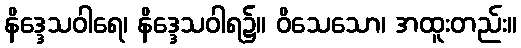
နိဒ္ဒေသဝါရေ၊ နိဒ္ဒေသဝါရ၌။ ဝိသေသော၊ အထူးတည်း။